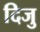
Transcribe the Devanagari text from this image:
दिजु